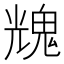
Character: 𩳁